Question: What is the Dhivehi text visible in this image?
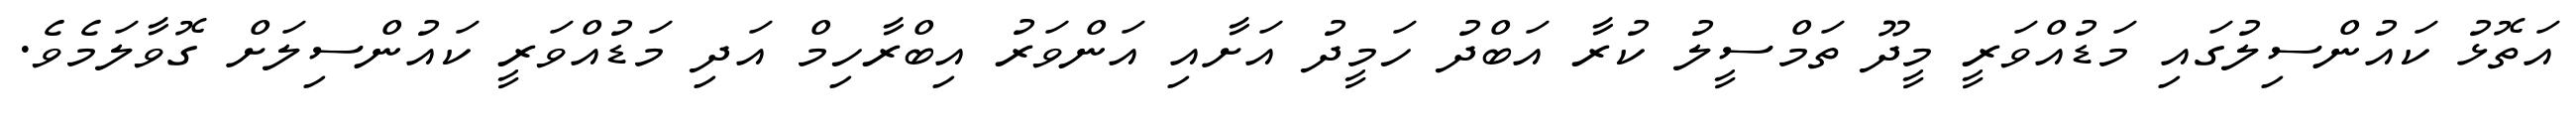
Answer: އަތޮޅު ކައުންސިލުގައި މަޑުއްވަރީ މީދޫ ތަމްސީލު ކުރާ އަބްދު ހަމީދު އަށާއި އަންވަރު އިބްރާހިމް އަދި މަޑުއްވަރީ ކައުންސިލަށް ގޮވާލަމެވެ.